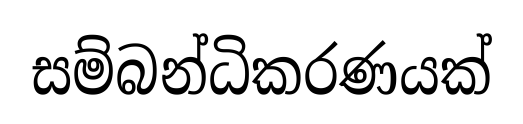
සම්බන්ධිකරණයක්